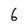
Character: 6